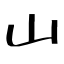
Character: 山